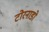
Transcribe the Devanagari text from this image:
टोरनाडो